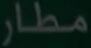
مطار